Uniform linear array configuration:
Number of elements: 64
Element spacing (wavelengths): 0.75
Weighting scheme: uniform
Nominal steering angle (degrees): -45
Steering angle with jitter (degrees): -46.101
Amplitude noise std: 0.05
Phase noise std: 0.05

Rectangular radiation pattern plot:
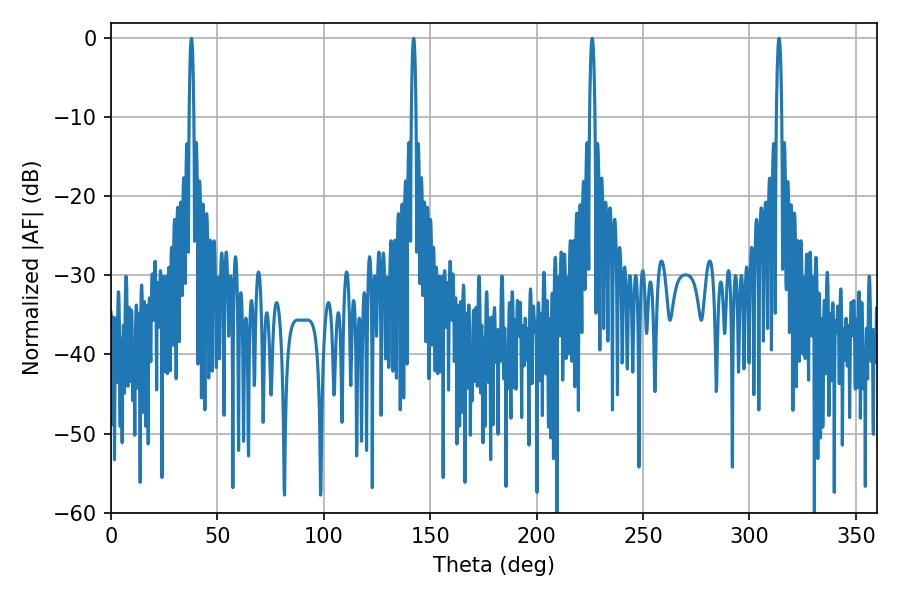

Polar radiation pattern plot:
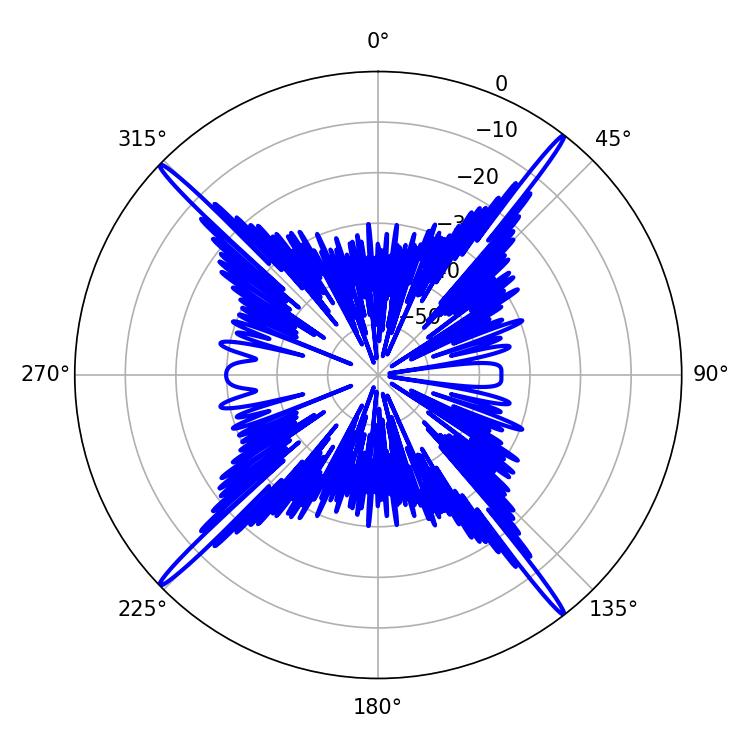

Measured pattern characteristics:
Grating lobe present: TRUE
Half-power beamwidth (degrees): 1.08
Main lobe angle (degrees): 37.8